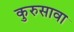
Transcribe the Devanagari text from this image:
कुरुसावा